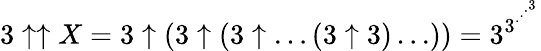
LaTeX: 3\uparrow\uparrow X=3\uparrow(3\uparrow(3\uparrow\dots(3\uparrow 3)\dots))=3^{3^{\cdot^{\cdot^{\cdot^{3}}}}}